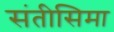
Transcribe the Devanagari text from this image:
संतीसिमा